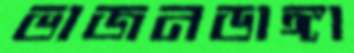
ভাজনডাঙ্গা